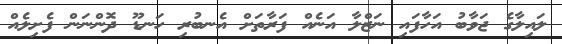
ލައިލާގެ ޖަވާބު އަހާފައި ނަޒްލާ އަނެއް ފަރާތަށް އެނބުރި ހަނޑޫ ދޮންނަން ފެށިލެއް